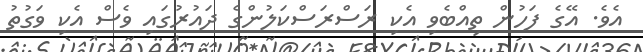
އެވެ. އޭގެ ފަހުން ތިއްބެވި އެކި ރަސްރަސްކަލުންގެ ދައުރުގައި ވެސް އެކި ވަގުތު